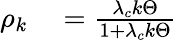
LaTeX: \begin{array}{rl}{\rho_{k}}&{{}=\frac{\lambda_{c}k\Theta}{1+\lambda_{c}k\Theta}}\end{array}